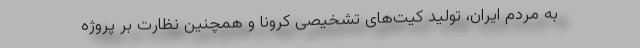
به مردم ایران، تولید کیت‌های تشخیصی کرونا و همچنین نظارت بر پروژه